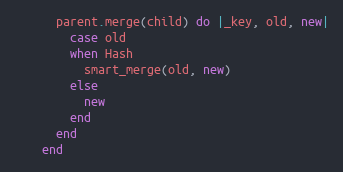
Language: Ruby
      parent.merge(child) do |_key, old, new|
        case old
        when Hash
          smart_merge(old, new)
        else
          new
        end
      end
    end